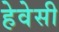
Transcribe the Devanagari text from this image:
हेवेसी